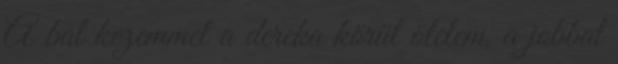
A bal kezemmel a dereka körül ölelem, a jobbal